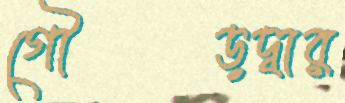
গৌড়দ্বার